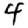
Digit: 4